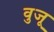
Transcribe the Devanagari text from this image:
वुजू